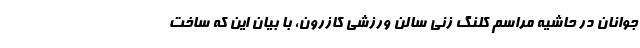
جوانان در حاشیه مراسم کلنگ زنی سالن ورزشی کازرون، با بیان این که ساخت